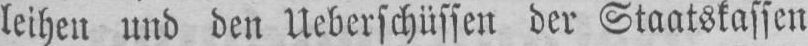
leihen und den Ueberschüssen der Staatskassen